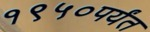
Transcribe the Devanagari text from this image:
१९५०पर्यंत